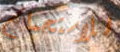
للاستحمام